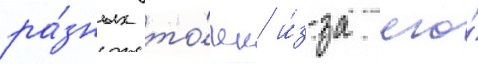
ра́зных то́чек и́з-за его́